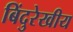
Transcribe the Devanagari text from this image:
बिंदुरेखीय